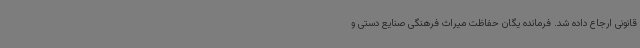
قانونی ارجاع داده شد. فرمانده یگان حفاظت میراث فرهنگی صنایع دستی و